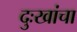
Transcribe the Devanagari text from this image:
दुःखांचा